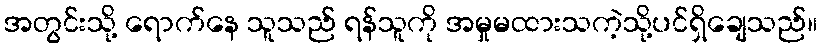
အတွင်းသို့ ရောက်နေ သူသည် ရန်သူကို အမှုမထားသကဲ့သို့ပင်ရှိချေသည်။